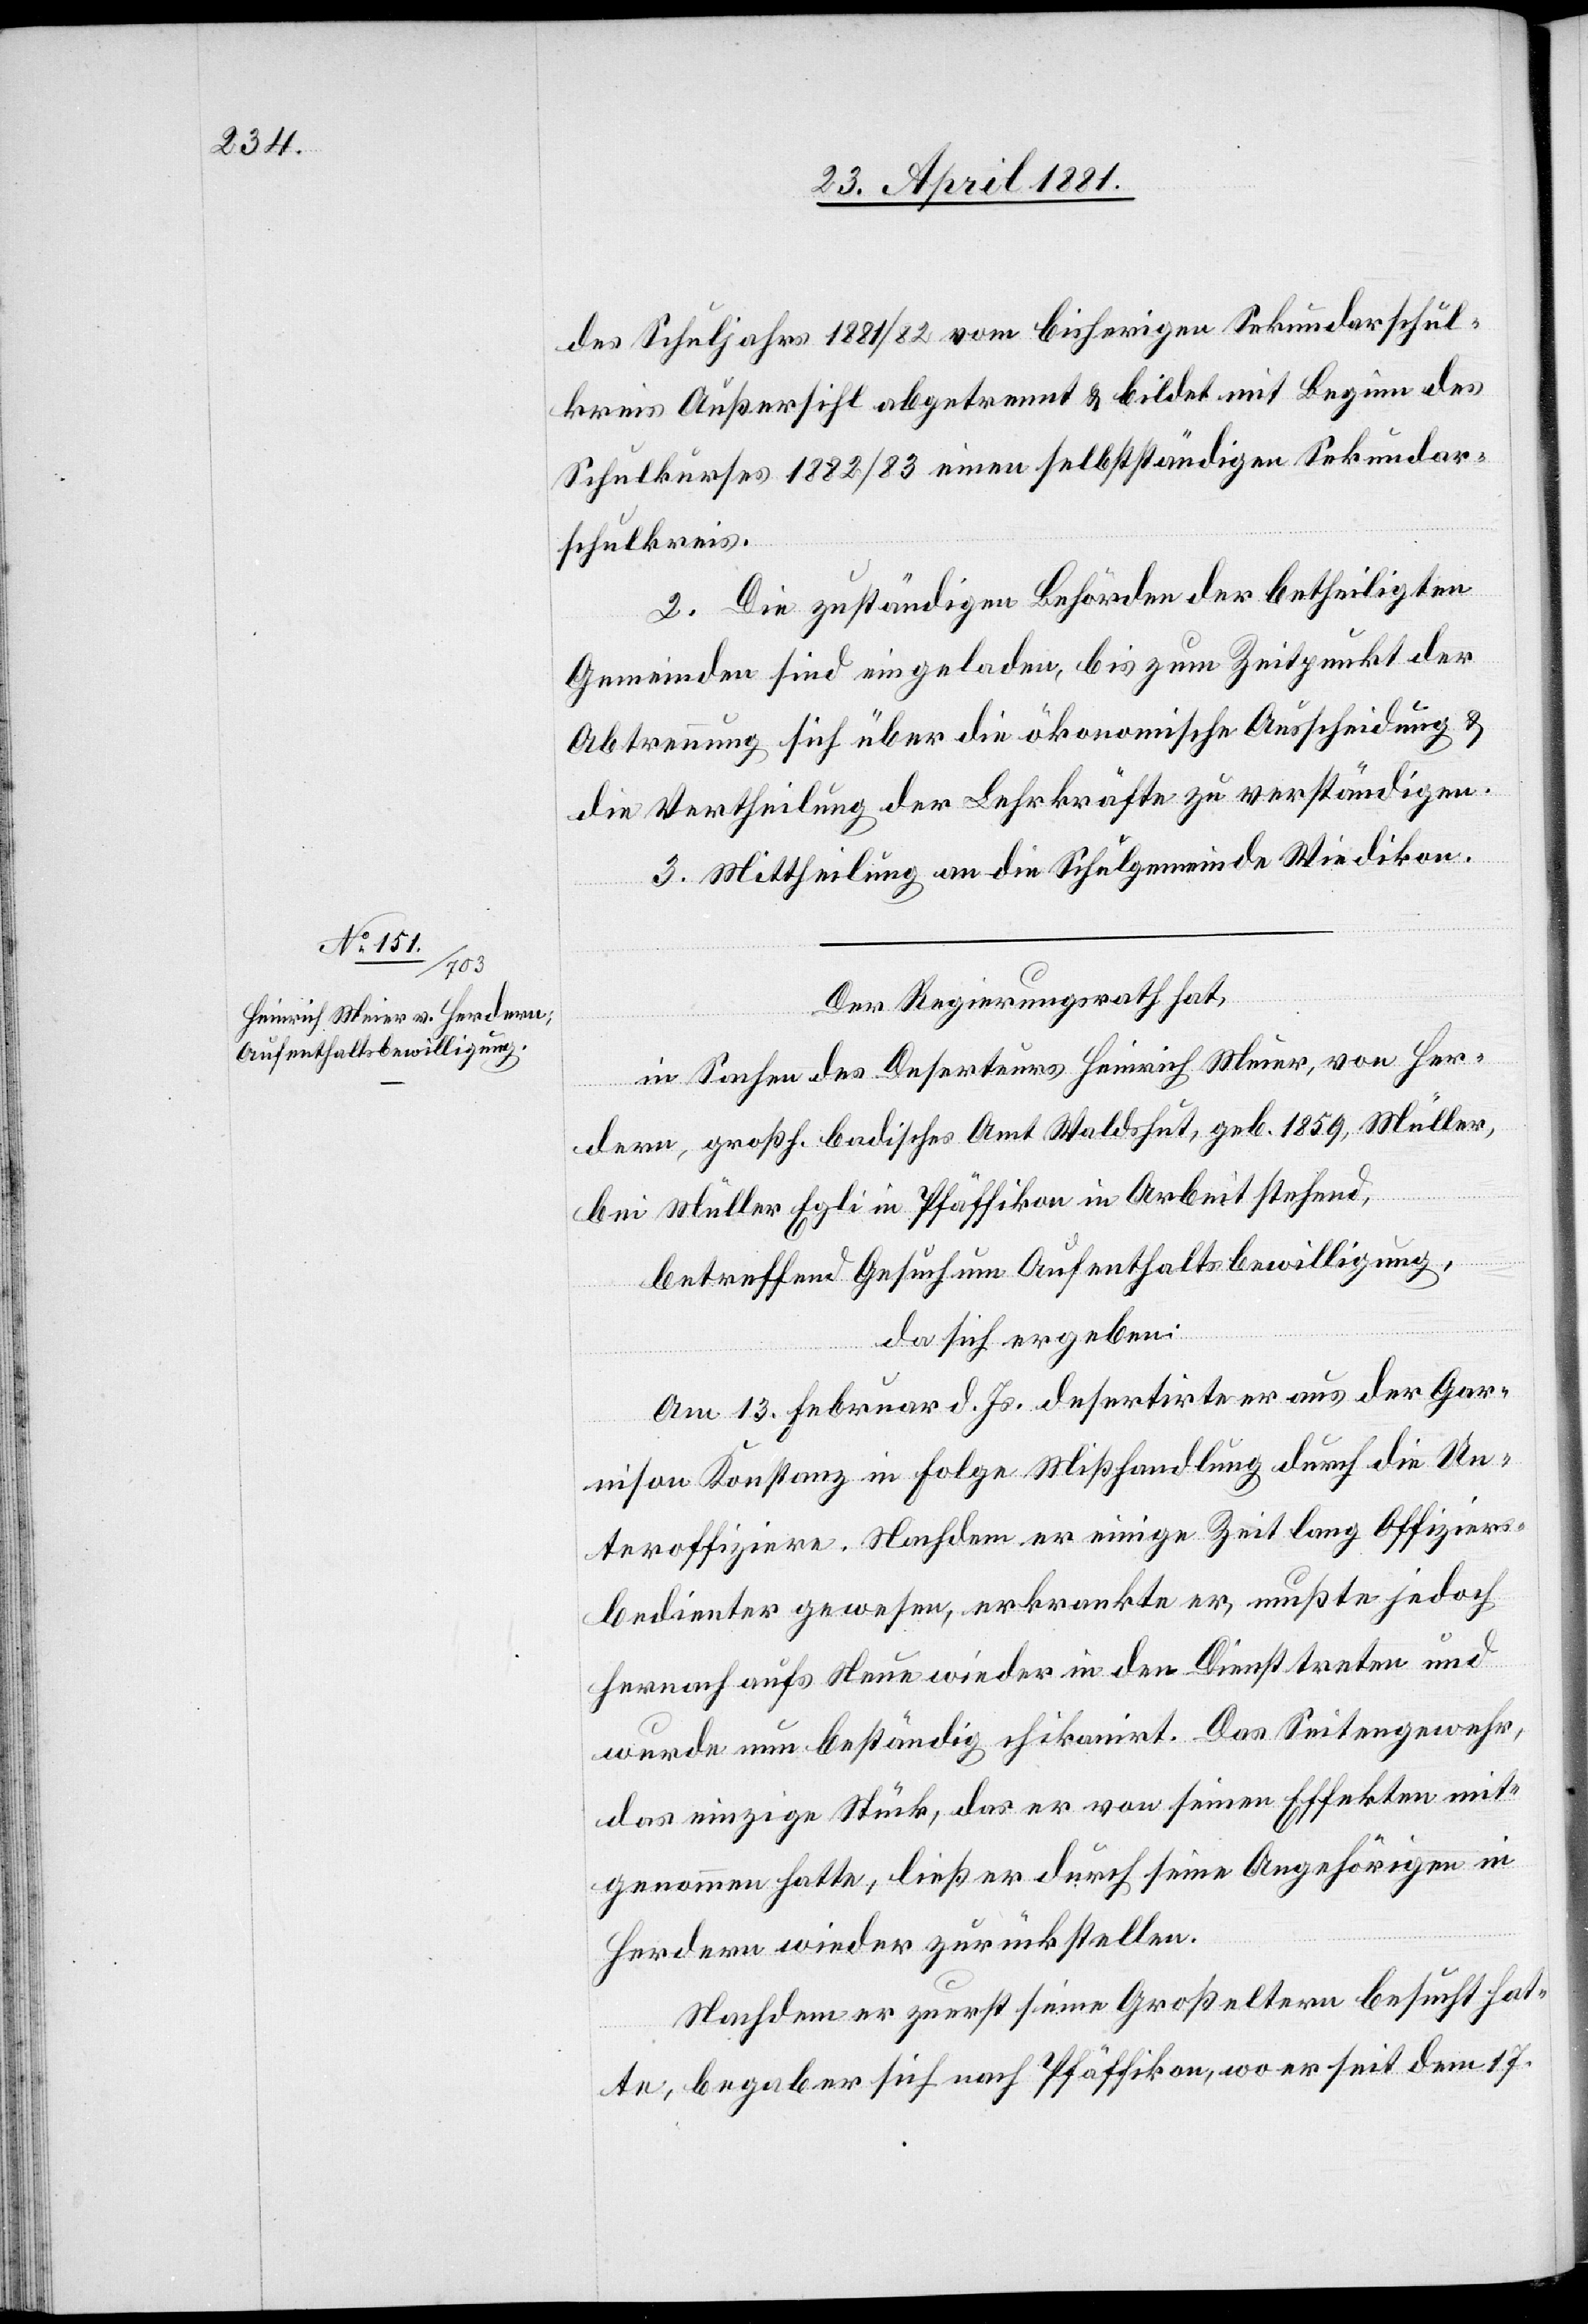
des Schuljahrs 1881/82 vom bisherigen Sekundarschul¬
kreis Außersihl abgetrennt & bildet mit Beginn des
Schuljahres 1882/83 einen selbstständigen Sekundar¬
schulkreis.
2. Die zuständigen Behörden der betheiligten
Gemeinden sind eingeladen, bis zum Zeitpunkt der
Abtrennung sich über die ökonomische Ausscheidung &
die Vertheilung der Lehrkräfte zu verständigen.
3. Mittheilung an die Schulgemeinde Wiedikon.
Der Regierungsrath,
in Sachen des Deserteurs Heinrich Meier, von Her¬
dern, großf. badisches Amt Waldshut, geb. 1859, Müller,
bei Müller Egli in Pfäffikon in Arbeit stehend,
betreffend Gesuch um Aufenthaltsbewilligung,
da sich ergeben:
Am 13. Februar d. Js. desertirte er aus der Gar¬
nison Konstanz in Folge Mißhandlung durch die Un¬
teroffiziere. Nachdem er einige Zeit lang Offiziers¬
bedienter gewesen, erkrankte er, mußte jedoch
hernach aufs Neue wieder in den Dienst treten und
wurde nun beständig chikanirt. Das Seitengewehr,
das einzige Stück, das er von seinen Effekten mit¬
genommen hatte, ließ er durch seine Angehörigen in
Herdern wieder zurückstellen.
Nachdem er zuerst seine Großeltern besucht hat¬
te, begab er sich nach Pfäffikon, wo er seit dem 17.